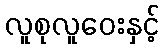
လူစုလူဝေးနှင့်